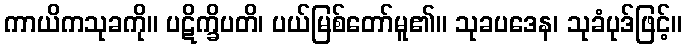
ကာယိကသုခကို။ ပဋိက္ခိပတိ၊ ပယ်မြစ်တော်မူ၏။ သုခပဒေန၊ သုခံပုဒ်ဖြင့်။